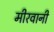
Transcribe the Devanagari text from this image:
मीरवानी